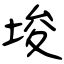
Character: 埈